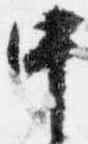
中